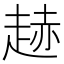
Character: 䞰